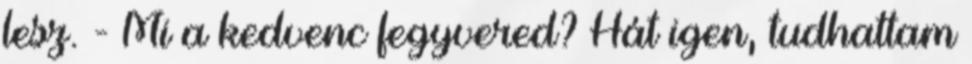
lesz. - Mi a kedvenc fegyvered? Hát igen, tudhattam